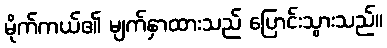
မိုက်ကယ်၏ မျက်နှာထားသည် ပြောင်းသွားသည်။